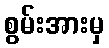
စွမ်းအားမှ